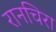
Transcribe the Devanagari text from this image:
रानचिरा